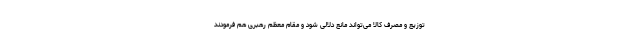
توزیع و مصرف کالا می‌تواند مانع دلالی شود و مقام معظم رهبری هم فرمودند